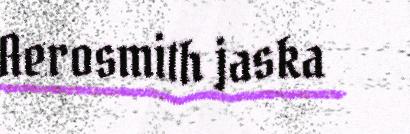
Aerosmith jaska